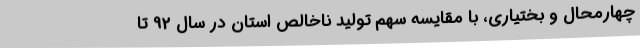
چهارمحال و بختیاری، با مقایسه سهم تولید ناخالص استان در سال 92 تا